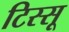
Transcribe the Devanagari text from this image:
टिस्सू